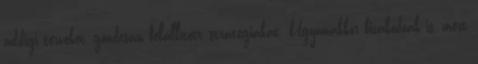
addigi terveket, gondosan felállított stratégiákat. Ugyanakkor bizakodóak is, mert